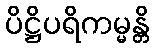
ပိဋ္ဌိပရိကမ္မန္တိ